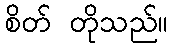
စိတ် တိုသည်။